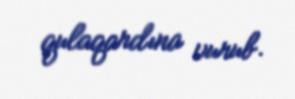
qulaqardına vurub.